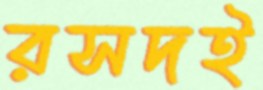
রসদই